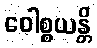
ဝေါစ္စယန္တိ